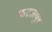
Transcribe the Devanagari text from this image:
फरजपुर